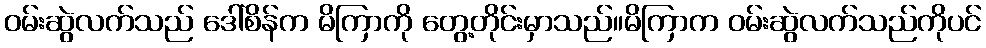
ဝမ်းဆွဲလက်သည် ဒေါ်စိန်က မိကြာကို တွေ့တိုင်းမှာသည်။မိကြာက ဝမ်းဆွဲလက်သည်ကိုပင်